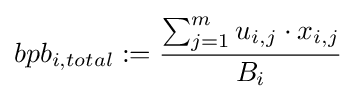
bpb_{i,total}:={\frac {\sum _{j=1}^{m}u_{i,j}\cdot x_{i,j}}{B_{i}}}